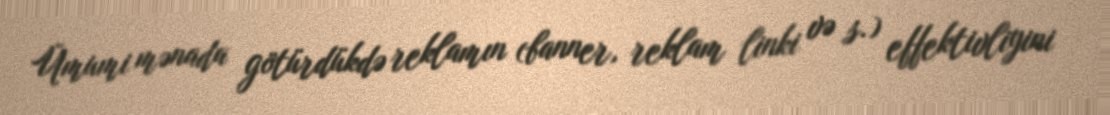
Ümumi mənada götürdükdə reklamın (banner, reklam linki və s.) effektivliyini